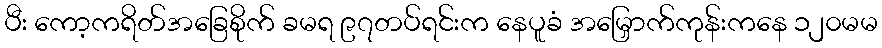
ပီး ကော့ကရိတ်အခြေစိုက် ခမရ ၉၇တပ်ရင်းက နေပူခံ အမြှောက်ကုန်းကနေ ၁၂၀မမ